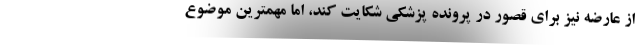
از عارضه نیز برای قصور در پرونده پزشکی شکایت کند، اما مهمترین موضوع